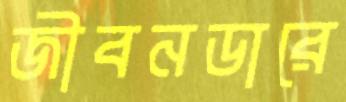
জীবনডারে